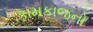
કામકાજનો